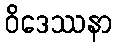
ဝိဒေဿနာ